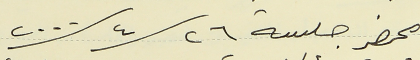
محضر جلسة ٢٦/ ٤/ ٢٠٠٠